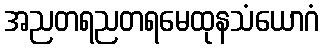
အညတရညတရမေထုနသံယောဂံ